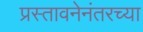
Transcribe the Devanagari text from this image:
प्रस्तावनेनंतरच्या